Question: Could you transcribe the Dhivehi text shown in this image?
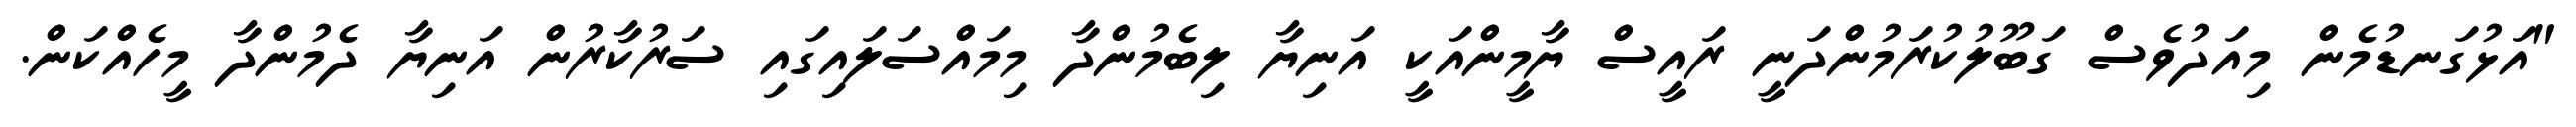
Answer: "އަޅުގަނޑުމެން މިއަދުވެސް ގަބޫލުކުރަމުންދަނީ ރައީސް ޔާމީންއަކީ އަނިޔާ ލިބެމުންދާ މިމައްސަލައިގައި ސަރުކާރުން އަނިޔާ ދެމުންދާ މީހެއްކަން.